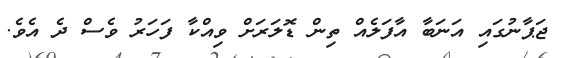
ޖަޕާނުގައި އަނަބާ އާފަލެއް ތިން ޑޮލަރަށް ވިއްކާ ފަހަރު ވެސް ދެ އެވެ.